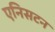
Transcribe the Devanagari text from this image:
एनिसटन